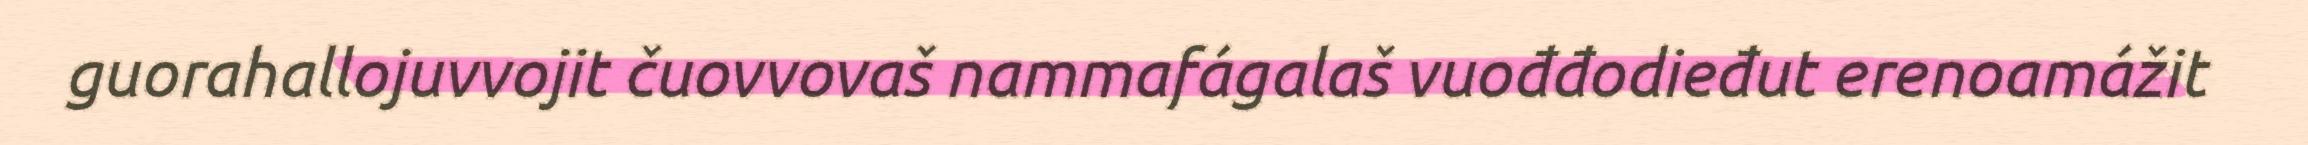
guorahallojuvvojit čuovvovaš nammafágalaš vuođđodieđut erenoamážit